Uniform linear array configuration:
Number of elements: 24
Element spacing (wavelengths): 0.5
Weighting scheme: cosine
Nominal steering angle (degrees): -15
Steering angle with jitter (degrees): -13.152
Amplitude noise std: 0.05
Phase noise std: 0.05

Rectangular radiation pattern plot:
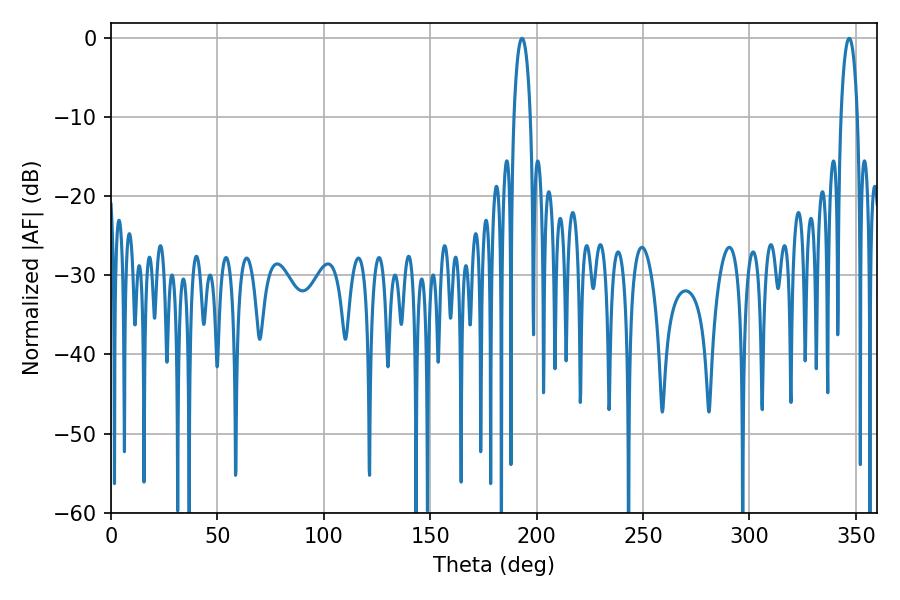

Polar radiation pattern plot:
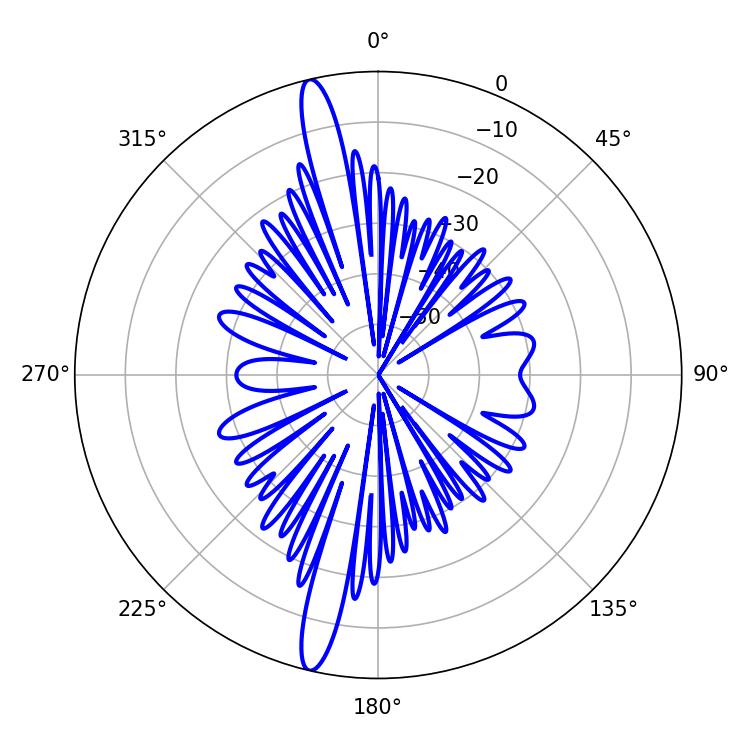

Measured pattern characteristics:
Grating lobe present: FALSE
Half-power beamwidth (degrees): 4.32
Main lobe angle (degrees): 193.14